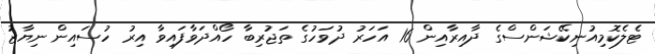
ޓެލެކޮމިއުނިކޭޝަންސްގެ ދާއިރާއިން 16 އަހަރު ދުވަހުގެ ތަޖުރިބާ ހޯއްދަވާފައިވާ އިރު ހުސައިން ނިޔާޒު